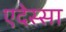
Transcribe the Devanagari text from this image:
एदेस्सा